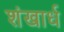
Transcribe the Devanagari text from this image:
शंखार्ध